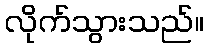
လိုက်သွားသည်။